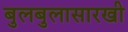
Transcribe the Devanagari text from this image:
बुलबुलासारखी